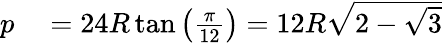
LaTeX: \begin{array}{rl}{p}&{{}=24R\tan\left({\frac{\pi}{12}}\right)=12R{\sqrt{2-{\sqrt{3}}}}}\end{array}